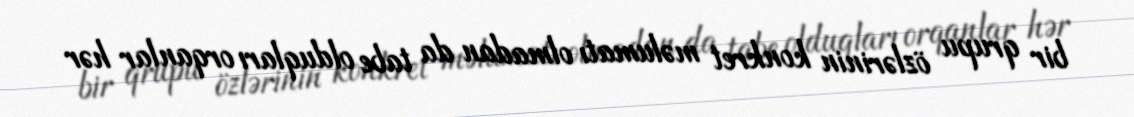
bir qrupu özlərinin konkret məlumatı olmadan da tabe olduqları orqanlar hər